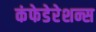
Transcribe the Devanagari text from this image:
कंफेडेरेशन्स